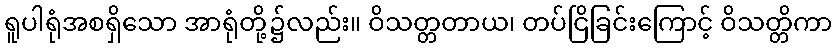
ရူပါရုံအစရှိသော အာရုံတို့၌လည်း။ ဝိသတ္တတာယ၊ တပ်ငြိခြင်းကြောင့် ဝိသတ္တိကာ